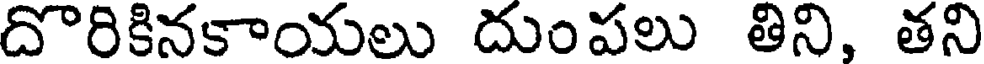
దొరికినకాయలు దుంపలు తిని, తని